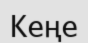
Кеңе